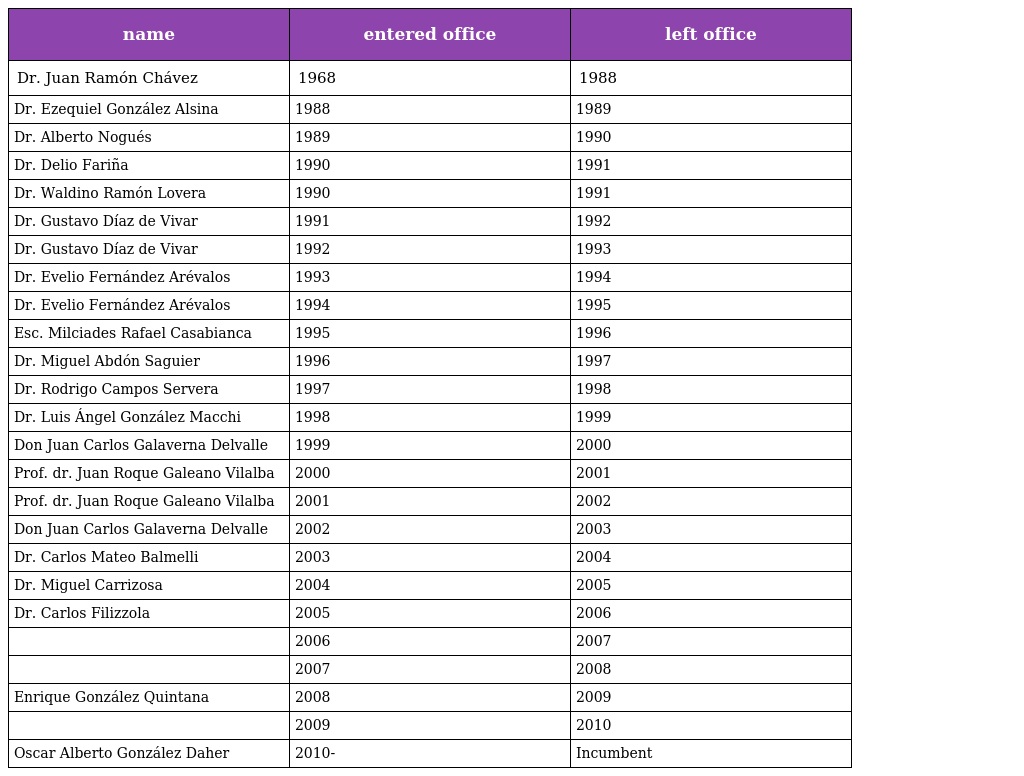
| name | entered office | left office |
 | --- | --- | --- |
 | Dr. Juan Ramón Chávez | 1968 | 1988 |
 | Dr. Ezequiel González Alsina | 1988 | 1989 |
 | Dr. Alberto Nogués | 1989 | 1990 |
 | Dr. Delio Fariña | 1990 | 1991 |
 | Dr. Waldino Ramón Lovera | 1990 | 1991 |
 | Dr. Gustavo Díaz de Vivar | 1991 | 1992 |
 | Dr. Gustavo Díaz de Vivar | 1992 | 1993 |
 | Dr. Evelio Fernández Arévalos | 1993 | 1994 |
 | Dr. Evelio Fernández Arévalos | 1994 | 1995 |
 | Esc. Milciades Rafael Casabianca | 1995 | 1996 |
 | Dr. Miguel Abdón Saguier | 1996 | 1997 |
 | Dr. Rodrigo Campos Servera | 1997 | 1998 |
 | Dr. Luis Ángel González Macchi | 1998 | 1999 |
 | Don Juan Carlos Galaverna Delvalle | 1999 | 2000 |
 | Prof. dr. Juan Roque Galeano Vilalba | 2000 | 2001 |
 | Prof. dr. Juan Roque Galeano Vilalba | 2001 | 2002 |
 | Don Juan Carlos Galaverna Delvalle | 2002 | 2003 |
 | Dr. Carlos Mateo Balmelli | 2003 | 2004 |
 | Dr. Miguel Carrizosa | 2004 | 2005 |
 | Dr. Carlos Filizzola | 2005 | 2006 |
 |  | 2006 | 2007 |
 |  | 2007 | 2008 |
 | Enrique González Quintana | 2008 | 2009 |
 |  | 2009 | 2010 |
 | Oscar Alberto González Daher | 2010- | Incumbent |